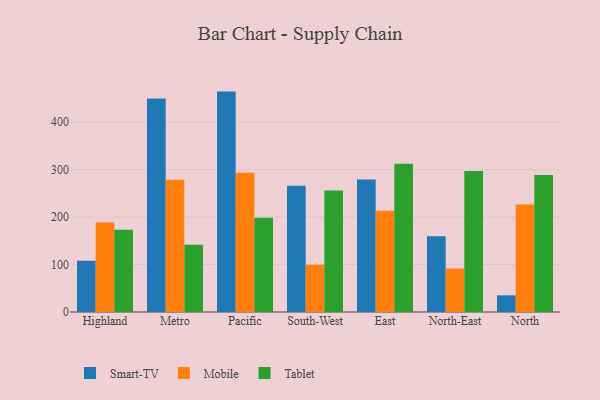
{"axis": {"x": "Region", "y": "Shipments"}, "legend": ["Mobile", "Smart-TV", "Tablet"], "data": [{"x": "Highland", "y": 108.0, "type": "Smart-TV"}, {"x": "Highland", "y": 188.7, "type": "Mobile"}, {"x": "Highland", "y": 173.4, "type": "Tablet"}, {"x": "Metro", "y": 450.0, "type": "Smart-TV"}, {"x": "Metro", "y": 278.8, "type": "Mobile"}, {"x": "Metro", "y": 141.9, "type": "Tablet"}, {"x": "Pacific", "y": 464.4, "type": "Smart-TV"}, {"x": "Pacific", "y": 293.2, "type": "Mobile"}, {"x": "Pacific", "y": 198.5, "type": "Tablet"}, {"x": "South-West", "y": 266.1, "type": "Smart-TV"}, {"x": "South-West", "y": 99.5, "type": "Mobile"}, {"x": "South-West", "y": 255.8, "type": "Tablet"}, {"x": "East", "y": 279.1, "type": "Smart-TV"}, {"x": "East", "y": 213.5, "type": "Mobile"}, {"x": "East", "y": 312.4, "type": "Tablet"}, {"x": "North-East", "y": 159.8, "type": "Smart-TV"}, {"x": "North-East", "y": 91.6, "type": "Mobile"}, {"x": "North-East", "y": 297.0, "type": "Tablet"}, {"x": "North", "y": 35.1, "type": "Smart-TV"}, {"x": "North", "y": 226.3, "type": "Mobile"}, {"x": "North", "y": 288.9, "type": "Tablet"}]}